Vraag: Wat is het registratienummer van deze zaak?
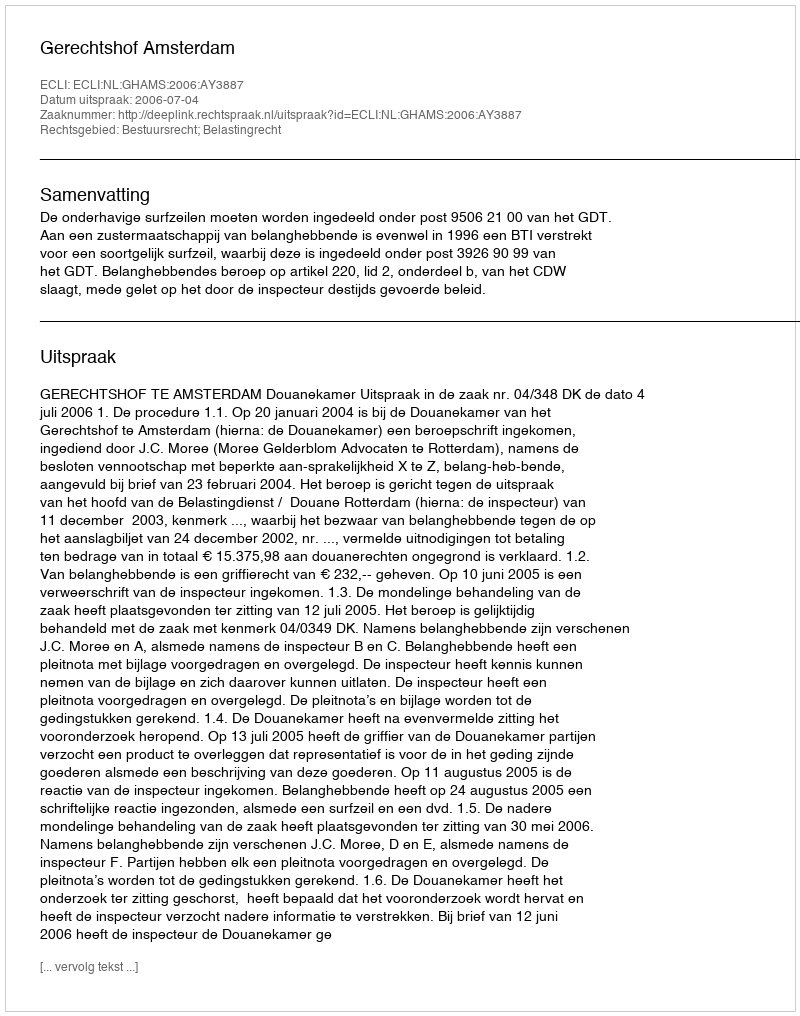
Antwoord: http://deeplink.rechtspraak.nl/uitspraak?id=ECLI:NL:GHAMS:2006:AY3887